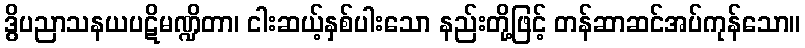
ဒွိပညာသနယပဋိမဏ္ဍိတာ၊ ငါးဆယ့်နှစ်ပါးသော နည်းတို့ဖြင့် တန်ဆာဆင်အပ်ကုန်သော။